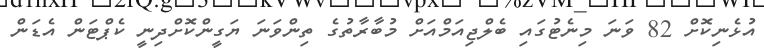
އުޅެނިކޮށް 82 ވަނަ މިނެޓުގައި ބެލްޖިއަމްއަށް މުބާރާތުގެ ތިންވަނަ ޔަގީންކޮށްދިނީ ކެޕްޓަން އެޑަން